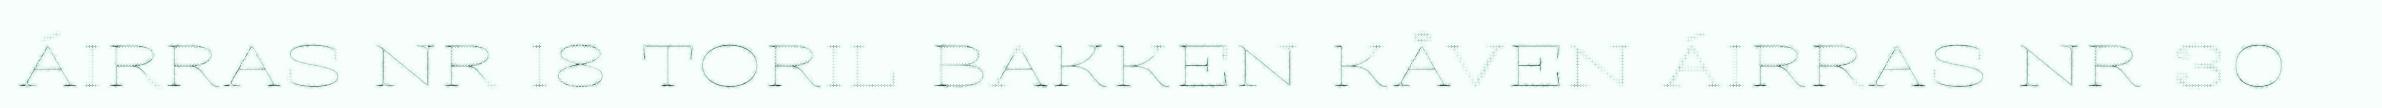
ÁIRRAS NR 18 TORIL BAKKEN KÅVEN ÁIRRAS NR 30